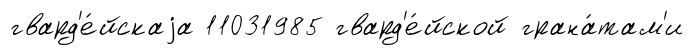
гвард'е́йскаjа 11031985 гвард'е́йской грана́там'и